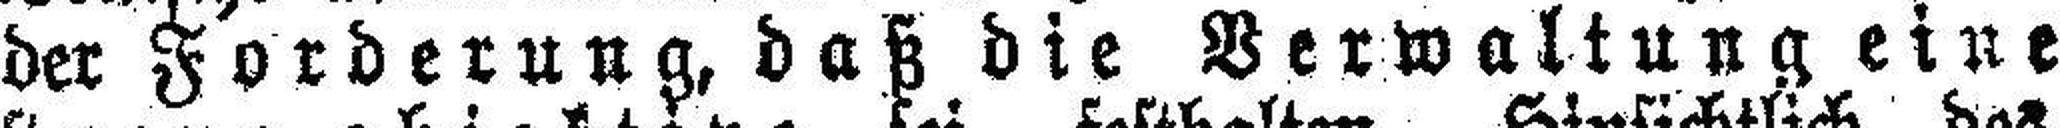
der Forderung, daß die Verwaltung eine